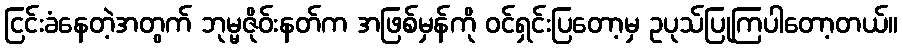
ငြင်းခံနေတဲ့အတွက် ဘုမ္မဇိုဝ်းနတ်က အဖြစ်မှန်ကို ဝင်ရှင်းပြတော့မှ ဥပုသ်ပြုကြပါတော့တယ်။